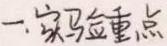
一、实验重点